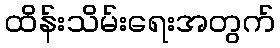
ထိန်းသိမ်းရေးအတွက်